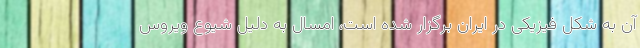
آن به شکل فیزیکی در ایران برگزار شده است، امسال به دلیل شیوع ویروس